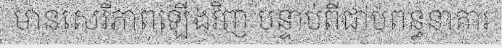
មានសេរីភាពឡើងវិញ បន្ទាប់ពីជាប់ពន្ធនាគារ